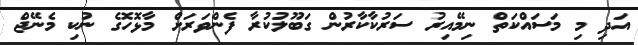
އަދި މި މަސައްކަތް ނިމޭއިރު ސަރުކާކާރުން ގަބޫލުކުރާ ފެންވަރަށް މާޅޮހޮގެ ނުކި މެނޭޖް